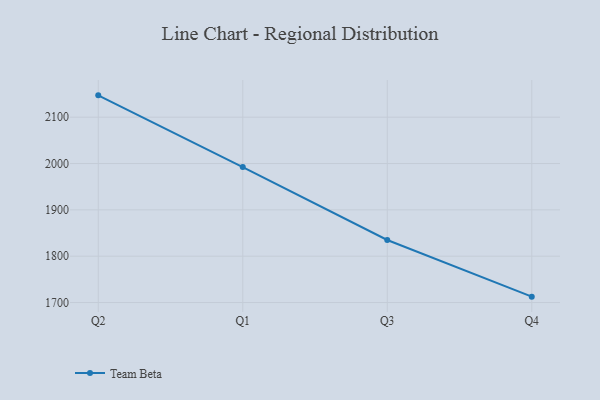
{"axis": {"x": "Quarter", "y": "Production Output"}, "legend": ["Team Beta"], "data": [{"x": "Q2", "y": 2147.1, "type": "Team Beta"}, {"x": "Q1", "y": 1992.4, "type": "Team Beta"}, {"x": "Q3", "y": 1835.0, "type": "Team Beta"}, {"x": "Q4", "y": 1712.7, "type": "Team Beta"}]}